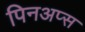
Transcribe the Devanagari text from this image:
पिनअप्स